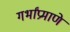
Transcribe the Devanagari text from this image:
गर्भांप्रमाणे